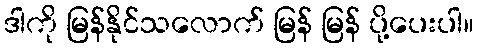
ဒါကို မြန်နိုင်သလောက် မြန် မြန် ပို့ပေးပါ။